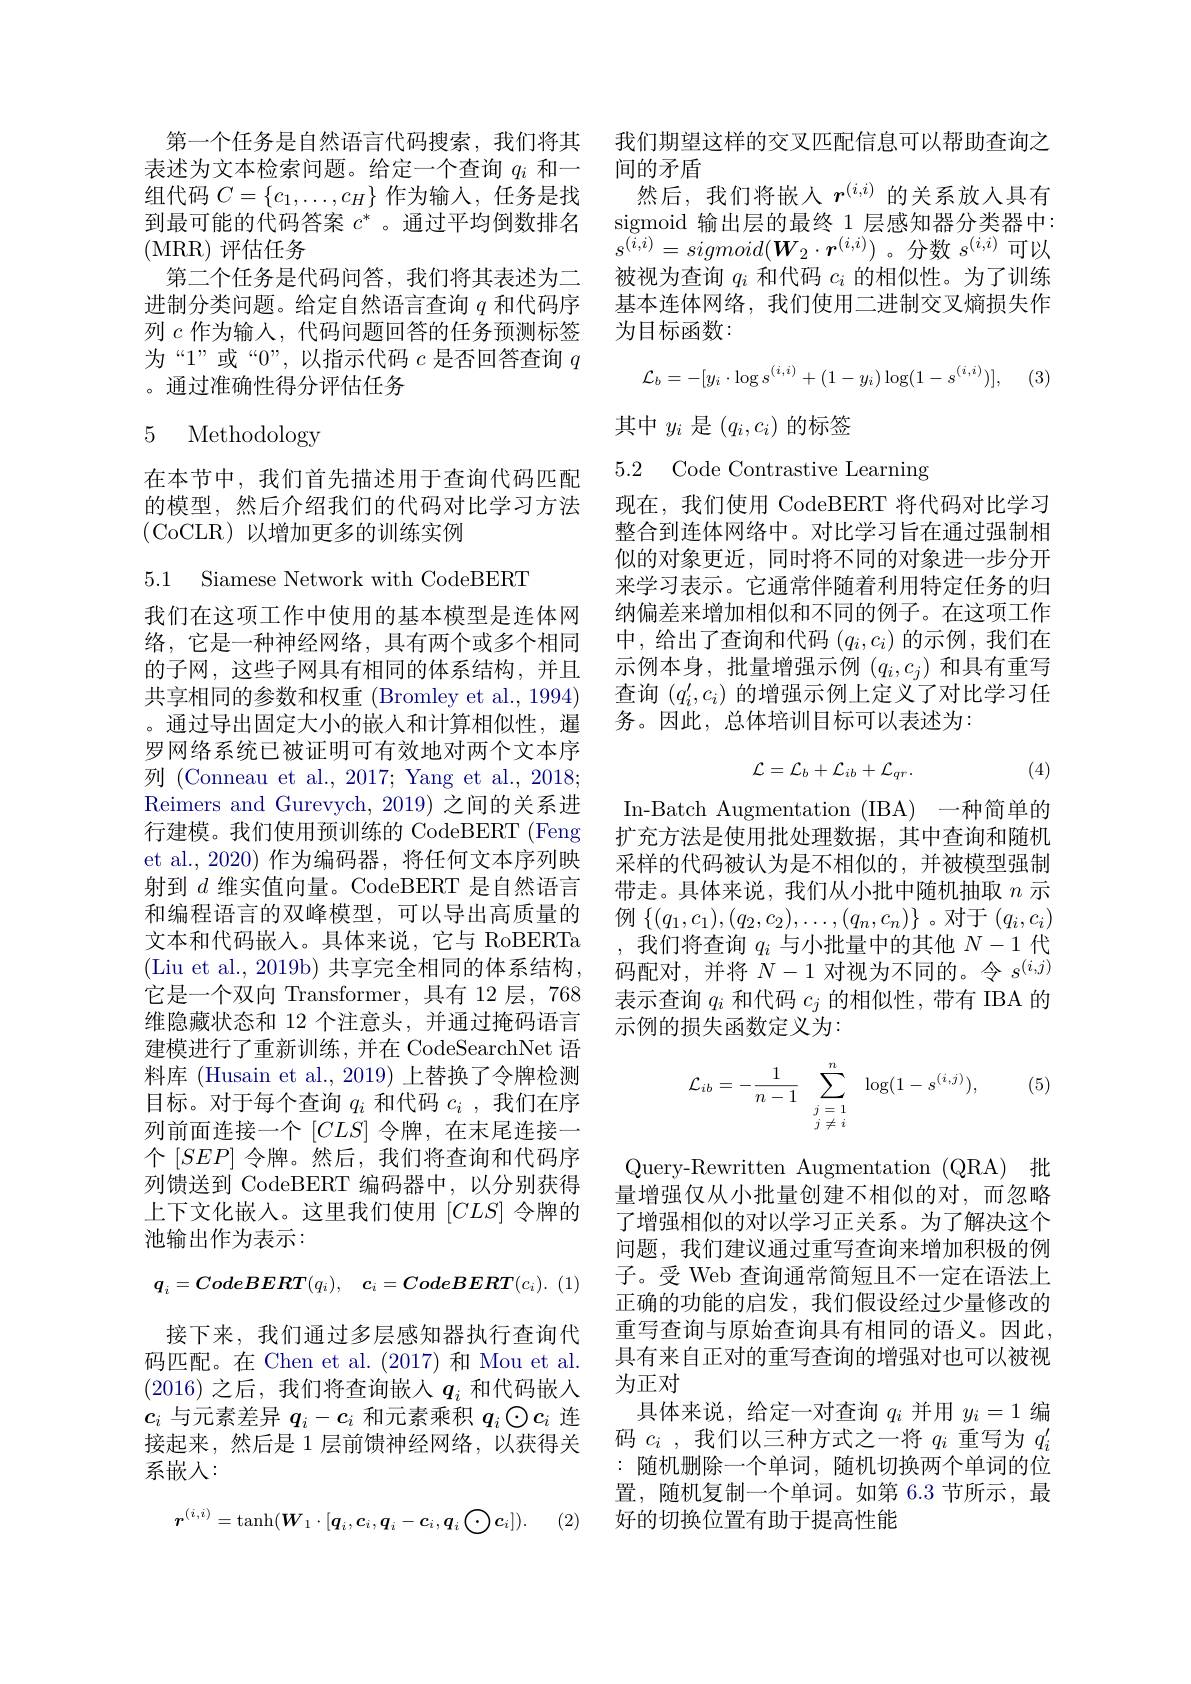
(MRR)评估任务
为“1”或“0”,以指示代码$c$是否回答查询$q$
。通过准确性得分评估任务

## 5 Methodology

在本节中，我们首先描述用于查询代码匹配的模型，然后介绍我们的代码对比学习方法(CoCLR)以增加更多的训练实例

5.1 Siamese Network with CodeBERT

我们在这项工作中使用的基本模型是连体网络，它是一种神经网络，具有两个或多个相同的子网，这些子网具有相同的体系结构，并且共享相同的参数和权重 (Bromley et al., 1994) 。通过导出固定大小的嵌入和计算相似性，暹罗网络系统已被证明可有效地对两个文本序列 (Conneau et al., 2017; Yang et al., 2018; Reimers and Gurevych, 2019) 之间的关系进行建模。我们使用预训练的 CodeBERT (Feng et al., 2020) 作为编码器，将任何文本序列映射到$d$维实值向量。CodeBERT 是自然语言和编程语言的双峰模型，可以导出高质量的文本和代码嵌入。具体来说，它与 RoBERTa (Liu et al., 2019b) 共享完全相同的体系结构， 它是一个双向 Transformer, 具有 12 层，768维隐藏状态和 12 个注意头，并通过掩码语言建模进行了重新训练，并在 CodeSearchNet 语料库 (Husain et al.,2019) 上替换了令牌检测目标。对于每个查询$q_i$和代码$c_i$ ,我们在序列前面连接一个$[CLS]$ 令牌，在末尾连接一个$[SEP]$ 令牌。然后，我们将查询和代码序列馈送到 CodeBERT 编码器中，以分别获得上下文化嵌入。这里我们使用$[CLS]$令牌的池输出作为表示：
$$\boldsymbol{q}_i=\boldsymbol{CodeBERT}(q_i),\quad\boldsymbol{c}_i=\boldsymbol{CodeBERT}(c_i).$$
接下来，我们通过多层感知器执行查询代码匹配。在 Chen et al.(2017) 和 Mou et al. (2016)之后，我们将查询嵌入$q_i$和代码嵌入$c_i$与元素差异$q_i-c_i$和元素乘积$q_i\odot c_i$连接起来，然后是 1 层前馈神经网络，以获得关系嵌人：
$$r^{(i,i)}=\tanh(\boldsymbol{W}_1\cdot[\boldsymbol{q}_i,\boldsymbol{c}_i,\boldsymbol{q}_i-\boldsymbol{c}_i,\boldsymbol{q}_i\bigodot\boldsymbol{c}_i]).$$
(2)

第一个任务是自然语言代码搜索，我们将其 我们期望这样的交叉匹配信息可以帮助查询之
表述为文本检索问题。给定一个查询$q_i$和一 间的矛盾
组代码$C=\{c_1,\ldots,c_H\}$作为输入，任务是找 然后，我们将嵌人$r^{(i,i)}$的关系放人具有到最可能的代码答案$c^*$ 。通过平均倒数排名 sigmoid 输出层的最终 1 层感知器分类器中：
$s^{(i,i)}=sigmoid(\boldsymbol{W}_{2}\cdot\boldsymbol{r}^{(i,i)})$。分数$s^(i,i)$可以
第二个任务是代码问答，我们将其表述为二 被视为查询$q_i$和代码$c_i$的相似性。为了训练进制分类问题。给定自然语言查询$q$和代码序 基本连体网络，我们使用二进制交叉熵损失作列$c$作为输人，代码问题回答的任务预测标签 为目标函数：
$$\mathcal{L}_{b}=-[y_{i}\cdot\log s^{(i,i)}+(1-y_{i})\log(1-s^{(i,i)})],$$
其中$y_i$是$(q_i,c_i)$的标签

5.2 Code Contrastive Learning

现在，我们使用 CodeBERT 将代码对比学习整合到连体网络中。对比学习旨在通过强制相似的对象更近，同时将不同的对象进一步分开来学习表示。它通常伴随着利用特定任务的归纳偏差来增加相似和不同的例子。在这项工作中，给出了查询和代码$(q_i,c_i)$的示例，我们在示例本身，批量增强示例$(q_i,c_j)$和具有重写查询$(q_i^{\prime},c_i)$的增强示例上定义了对比学习任务。因此，总体培训目标可以表述为：
$$\mathcal{L}=\mathcal{L}_{b}+\mathcal{L}_{ib}+\mathcal{L}_{qr}.$$
(4)

In-Batch Augmentation (IBA) 一种简单的扩充方法是使用批处理数据，其中查询和随机采样的代码被认为是不相似的，并被模型强制带走。具体来说，我们从小批中随机抽取$n$示例$\left\{(q_1,c_1),(q_2,c_2),\ldots,(q_n,c_n)\right\}$。对于$(q_i,c_i)$ ,我们将查询$q_i$与小批量中的其他$N-1$代码配对，并将$N-1$对视为不同的。令$s^(i,j)$ 表示查询$q_i$和代码$c_j$的相似性，带有 IBA 的示例的损失函数定义为：

(5)
$$\mathcal{L}_{ib}=-\frac{1}{n-1}\sum_{\begin{array}{c}j=1\\j\neq i\end{array}}^{n}\log(1-s^{(i,j)}),$$
Query-Rewritten Augmentation (QRA) 批量增强仅从小批量创建不相似的对，而忽略了增强相似的对以学习正关系。为了解决这个问题，我们建议通过重写查询来增加积极的例子。受 Web 查询通常简短且不一定在语法上正确的功能的启发，我们假设经过少量修改的重写查询与原始查询具有相同的语义。因此， 具有来自正对的重写查询的增强对也可以被视为正对
具体来说，给定一对查询$q_i$并用$y_i=1$编码$c_i$ ,我们以三种方式之一将$q_i$重写为$q_i^\prime$ : 随机删除一个单词，随机切换两个单词的位置，随机复制一个单词。如第 6.3 节所示，最好的切换位置有助于提高性能